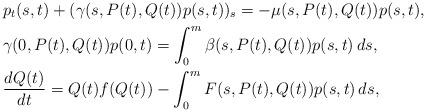
LaTeX: \begin{align*}& p_t(s,t)+(\gamma(s,P(t),Q(t))p(s,t))_s=-\mu(s,P(t),Q(t))p(s,t), \\& \gamma(0,P(t),Q(t))p(0,t)=\int_0^m\beta(s,P(t),Q(t))p(s,t)\,d s, \\& \frac{d Q(t)}{d t}=Q(t)f(Q(t))-\int_0^m F(s,P(t),Q(t))p(s,t)\,d s, \end{align*}